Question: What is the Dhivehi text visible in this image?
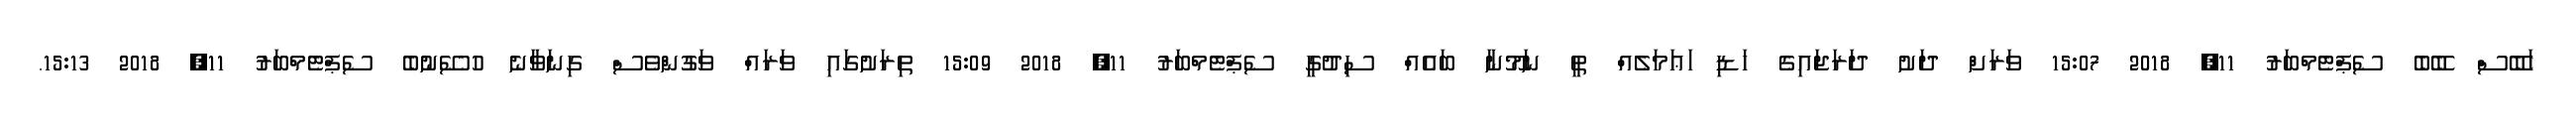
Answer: ހަބޭސް ބޭބެ ސެޕްޓެމްބަރު 11, 2018 15:07 ވަރަށް ދަށު ދަރަޖައިގެ ހަޑި ަޢަމަލެއް ތީ ނަމޫނާ ބައެއް ސިދުގީ ސެޕްޓެމްބަރު 11, 2018 15:09 ތިރަށުގައި ވަރައް ވަގުންވެސް ގިނަވާނެ ހުސޭނުބެ ސެޕްޓެމްބަރު 11, 2018 15:13.